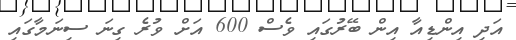
އަދި އިންޑިއާ އިން ބޭރުގައި ވެސް 600 އަށް ވުރެ ގިނަ ސިނަމާގައި